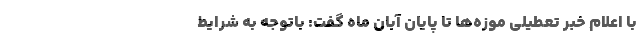
با اعلام خبر تعطیلی موزه‌ها تا پایان آبان ماه گفت: باتوجه به شرایط